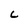
Character: c